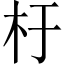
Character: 杅